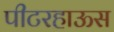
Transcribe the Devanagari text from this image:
पीटरहाऊस